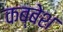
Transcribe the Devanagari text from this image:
कब्बेश